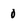
Character: 0